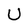
Character: U